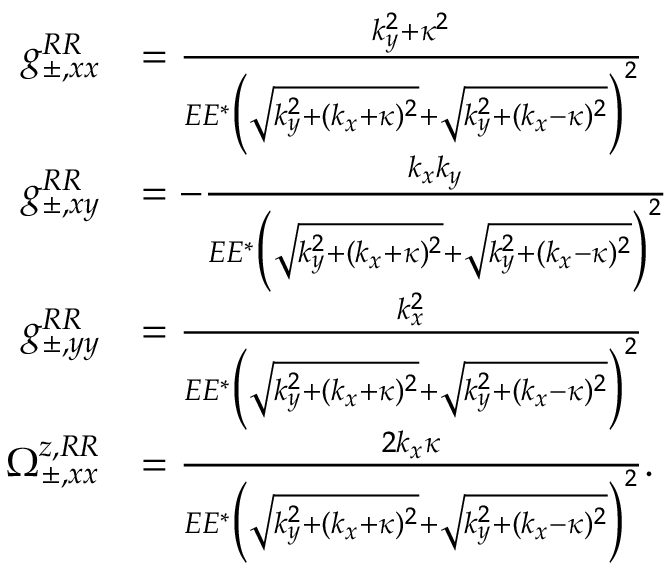
\begin{array} { r l } { g _ { \pm , x x } ^ { R R } } & { = \frac { k _ { y } ^ { 2 } + \kappa ^ { 2 } } { E E ^ { * } \Big ( \sqrt { k _ { y } ^ { 2 } + ( k _ { x } + \kappa ) ^ { 2 } } + \sqrt { k _ { y } ^ { 2 } + ( k _ { x } - \kappa ) ^ { 2 } } \Big ) ^ { 2 } } } \\ { g _ { \pm , x y } ^ { R R } } & { = - \frac { k _ { x } k _ { y } } { E E ^ { * } \Big ( \sqrt { k _ { y } ^ { 2 } + ( k _ { x } + \kappa ) ^ { 2 } } + \sqrt { k _ { y } ^ { 2 } + ( k _ { x } - \kappa ) ^ { 2 } } \Big ) ^ { 2 } } } \\ { g _ { \pm , y y } ^ { R R } } & { = \frac { k _ { x } ^ { 2 } } { E E ^ { * } \Big ( \sqrt { k _ { y } ^ { 2 } + ( k _ { x } + \kappa ) ^ { 2 } } + \sqrt { k _ { y } ^ { 2 } + ( k _ { x } - \kappa ) ^ { 2 } } \Big ) ^ { 2 } } } \\ { \Omega _ { \pm , x x } ^ { z , R R } } & { = \frac { 2 k _ { x } \kappa } { E E ^ { * } \Big ( \sqrt { k _ { y } ^ { 2 } + ( k _ { x } + \kappa ) ^ { 2 } } + \sqrt { k _ { y } ^ { 2 } + ( k _ { x } - \kappa ) ^ { 2 } } \Big ) ^ { 2 } } . } \end{array}